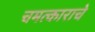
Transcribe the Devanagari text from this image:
चमत्काराचे